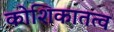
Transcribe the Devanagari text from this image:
कोशिकातत्व